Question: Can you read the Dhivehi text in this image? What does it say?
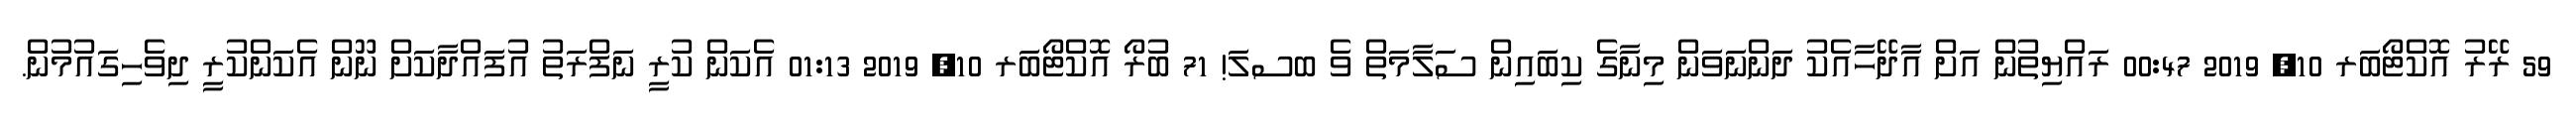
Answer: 59 ރޭރު އޮކްޓޯބަރ 10, 2019 00:47 ރައްޔިތުން އަށް އާދޭހާއެކު ދަންނަވަން މިނާގެ ކިބައިން ސަލާމަތް ވެ ބސލަ! 71 ބުރޯ އޮކްޓޯބަރ 10, 2019 01:13 އެކަން ކުރީ ނަފްރަތު އުފައްދާކަށް ނޫން އެކަންކުރީ ދިވެހިގައުމުން.